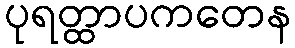
ပုရတ္ထာပကတေန